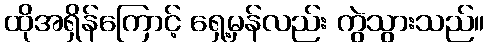
ထိုအရှိန်ကြောင့် ရှေ့မှန်လည်း ကွဲသွားသည်။